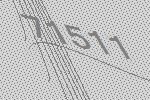
71511